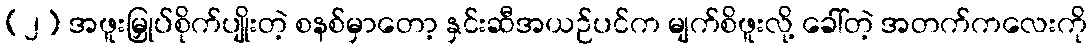
(၂) အဖူးမြှုပ်စိုက်ပျိုးတဲ့ စနစ်မှာတော့ နှင်းဆီအယဉ်ပင်က မျက်စိဖူးလို့ ခေါ်တဲ့ အတက်ကလေးကို